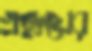
গ্রন্থদ্বয়ের